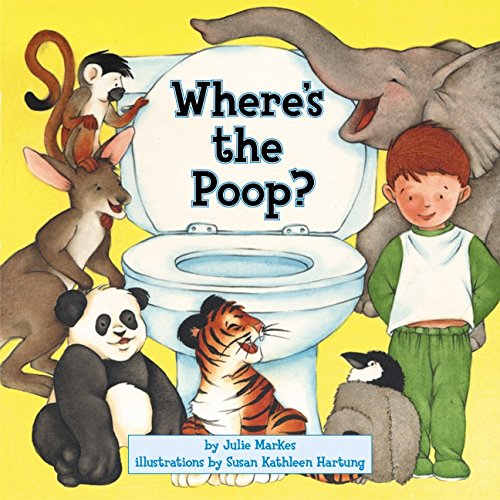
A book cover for Where's the Poop?; Julie Markes; Children's Books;